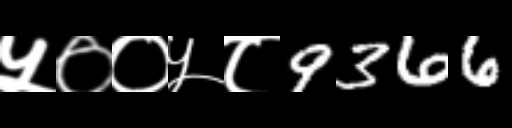
Text: ५००५८9366